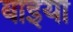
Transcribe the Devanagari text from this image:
बाइया